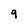
Character: 9